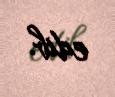
edib.